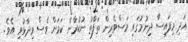
އަދި މިފައިސާ ދިނުމުގައި މަސްވެރިން ތަފާތު ނުކުރާނެ ކަމަށް ވެސް ވިދާޅުވި އެވެ.